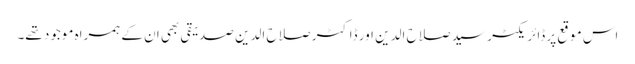
اس موقع پر ڈائریکٹر سید صلاح الدین اور ڈاکٹر صلاح الدین صدیقی بھی ان کے ہمراہ موجود تھے۔